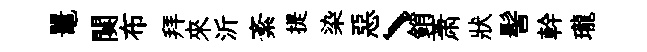
鼉闋布拜來沂紊提染惡丶銷萧狀髻幹瓏